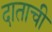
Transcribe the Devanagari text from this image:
दाताची